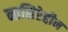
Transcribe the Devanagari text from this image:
नासिरेद्दीन